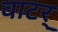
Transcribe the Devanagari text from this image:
वाटर्